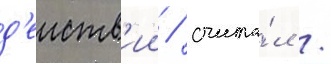
д'еиств'ии / счита́л /